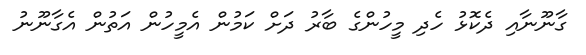
ގާނޫނާއި ދެކޮޅު ހެދި މީހުންގެ ބާރު ދަށް ކަމުން އެމީހުން އަތުން އެގާނޫނު